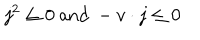
j ^ { 2 } \leq 0 \ \mathrm { a n d } \ - v \cdot j \leq 0